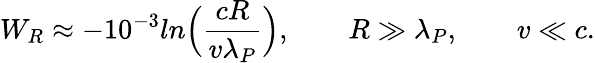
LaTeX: W_{R}\approx-{10^{-3}}ln\Bigl({\frac{cR}{v\lambda_{P}}}\Bigr),\qquad R\gg\lambda_{P},\qquad v\ll c.